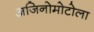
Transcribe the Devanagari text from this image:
अजिनोमोटोला